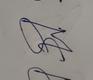
Signature authenticity: forged